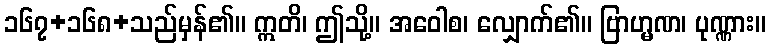
၁၆၇+၁၆၈+သည်မှန်၏။ ဣတိ၊ ဤသို့။ အဝေါစ၊ လျှောက်၏။ ဗြာဟ္မဏ၊ ပုဏ္ဏား။